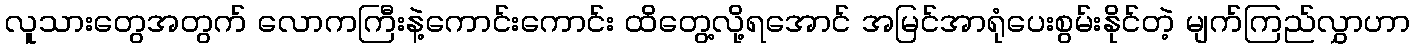
လူသားတွေအတွက် လောကကြီးနဲ့ကောင်းကောင်း ထိတွေ့လို့ရအောင် အမြင်အာရုံပေးစွမ်းနိုင်တဲ့ မျက်ကြည်လွှာဟာ